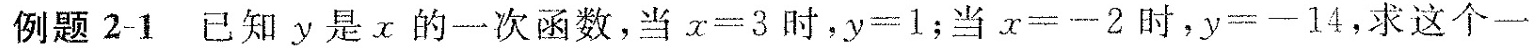
例题2-1已知y是x的一次函数，当$$x = 3$$时，$$y = 1$$；当$$x = - 2$$时，$$y = - 1 4$$，求这个一